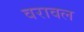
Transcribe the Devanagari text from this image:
वरावल